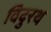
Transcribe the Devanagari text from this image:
विदुरथ